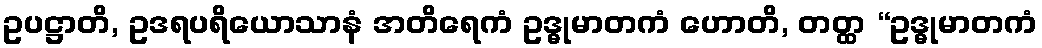
ဥပဋ္ဌာတိ, ဥဒရပရိယောသာနံ အတိရေကံ ဥဒ္ဓုမာတကံ ဟောတိ, တတ္ထ “ဥဒ္ဓုမာတကံ